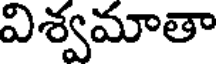
విశ్వమాతా